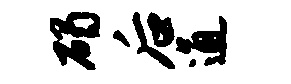
碣后通